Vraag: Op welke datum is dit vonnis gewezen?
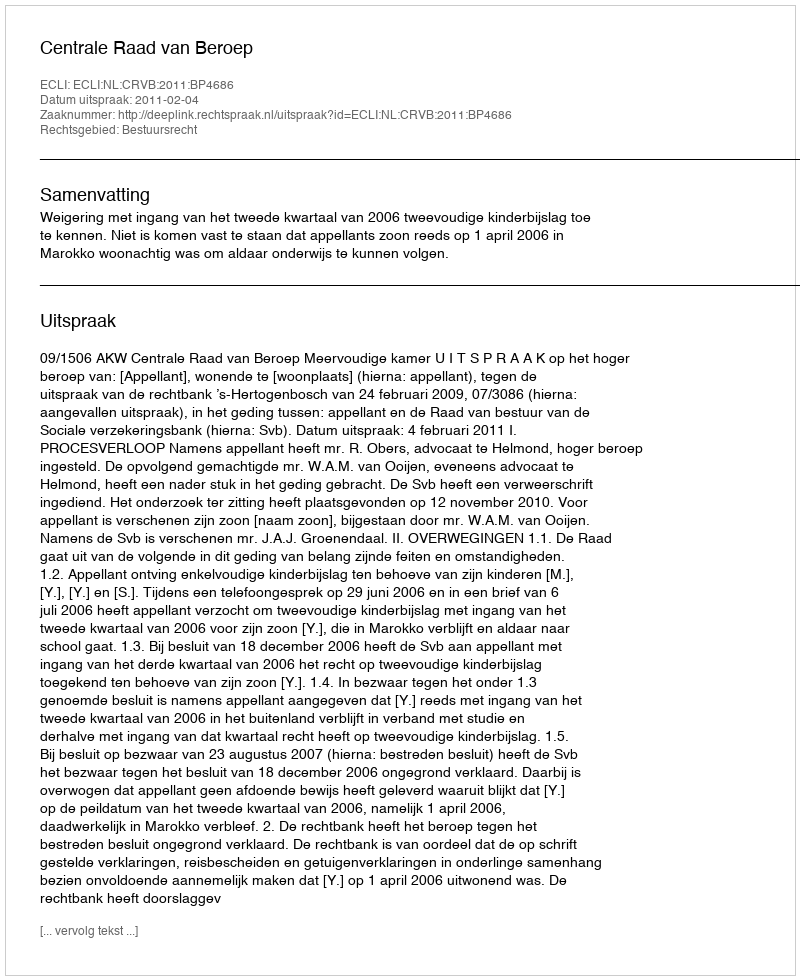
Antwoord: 2011-02-04